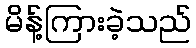
မိန့်ကြားခဲ့သည်